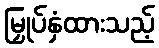
မြှုပ်နှံထားသည့်